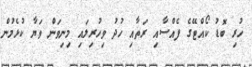
ހުރި ބޮޑު ކޯއްޓޭގެ ފެއްސާއި ރަތާއި ހުދު ވިހުރިލައި މިނިވަން ވަޔާ ކުޅެމުން